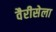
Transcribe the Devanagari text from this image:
वैरीसेला